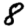
Digit: 8